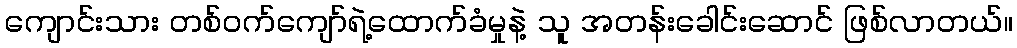
ကျောင်းသား တစ်ဝက်ကျော်ရဲ့ထောက်ခံမှုနဲ့ သူ အတန်းခေါင်းဆောင် ဖြစ်လာတယ်။